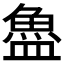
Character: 𬵉